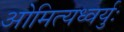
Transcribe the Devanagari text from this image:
ओमित्यध्वर्युः